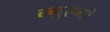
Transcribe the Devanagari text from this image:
न्गुएमो